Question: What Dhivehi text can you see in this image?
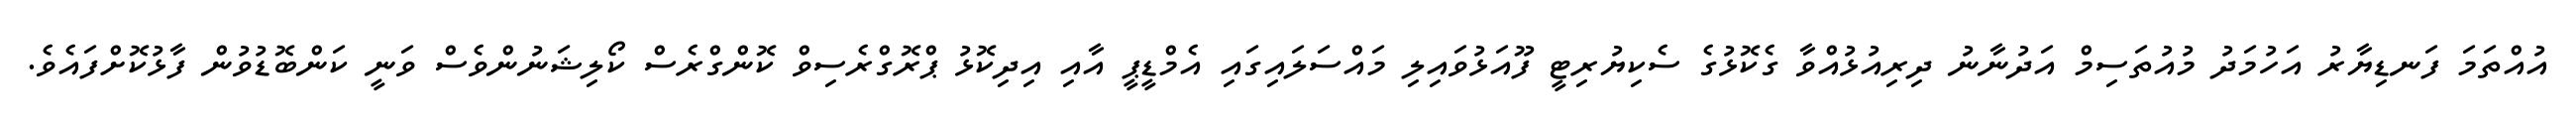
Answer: އުއްތަމަ ފަނޑިޔާރު އަހުމަދު މުއުތަސިމް އަދުނާނު ދިރިއުޅުއްވާ ގެކޮޅުގެ ސެކިޔުރިޓީ ފޫއަޅުވައިލި މައްސަލައިގައި އެމްޑީޕީ އާއި އިދިކޮޅު ޕްރޮގްރެސިވް ކޮންގްރެސް ކޯލިޝަނުންވެސް ވަނީ ކަންބޮޑުވުން ފާޅުކޮށްފައެވެ.